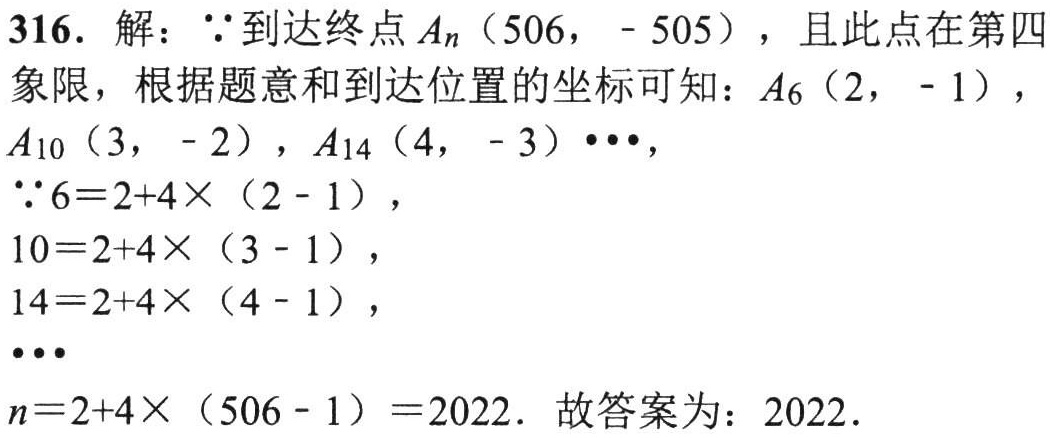
316. 解：$\because$到达终点$A_n(506, - 505)$，且此点在第四象限，根据题意和到达位置的坐标可知：$A_6(2, - 1)$，$A_{10}(3, - 2)$，$A_{14}(4, - 3)\cdots$，

$\because 6 = 2 + 4\times(2 - 1)$，

$10 = 2 + 4\times(3 - 1)$，

$14 = 2 + 4\times(4 - 1)$，

$\cdots$

$n = 2 + 4\times(506 - 1)=2022$. 故答案为：$2022$.